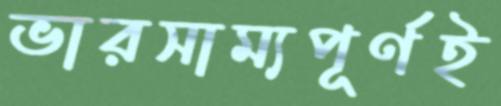
ভারসাম্যপূর্ণই